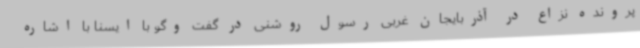
پرونده نزاع در آذربایجان غربی رسول روشنی در گفت وگو با ایسنا با اشاره